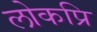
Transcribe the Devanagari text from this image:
लोकप्रि